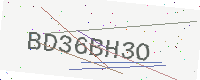
Text: BD36BH3O